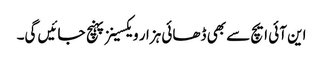
این آئی ایچ سے بھی ڈھائی ہزار ویکسینز پہنچ جائیں گی۔